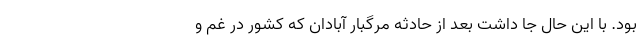
بود. با این حال جا داشت بعد از حادثه مرگبار آبادان که کشور در غم و